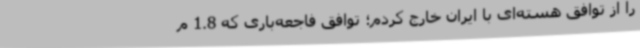
را از توافق هسته‌ای با ایران خارج کردم؛ توافق فاجعه‌باری که 1.8 م